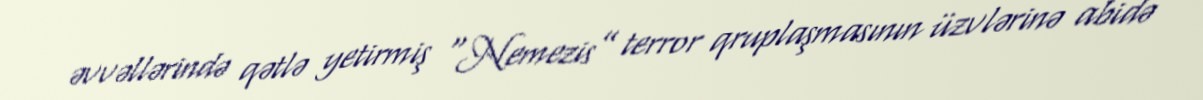
əvvəllərində qətlə yetirmiş “Nemezis” terror qruplaşmasının üzvlərinə abidə